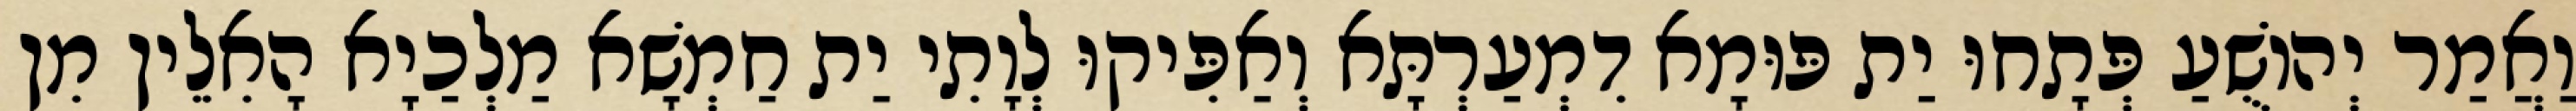
וַאֲמַר יְהוֹשֻׁעַ פְּתָחוּ יַת פּוּמָא דִמְעַרְתָּא וְאַפִּיקוּ לְוָתִי יַת חַמְשָׁא מַלְכַיָא הָאִלֵין מִן